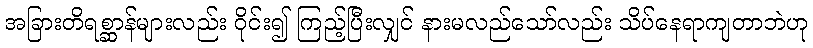
အခြားတိရစ္ဆာန်များလည်း ဝိုင်း၍ ကြည့်ပြီးလျှင် နားမလည်သော်လည်း သိပ်နေရာကျတာဘဲဟု